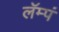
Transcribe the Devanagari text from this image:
लॅम्पं